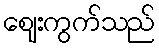
ဈေးကွက်သည်